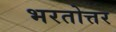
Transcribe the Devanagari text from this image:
भरतोत्तर